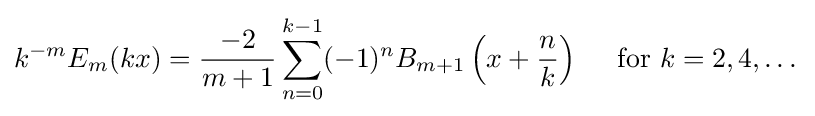
k^{-m}E_{m}(kx)={\frac {-2}{m+1}}\sum _{n=0}^{k-1}(-1)^{n}B_{m+1}\left(x+{\frac {n}{k}}\right)\quad {\mbox{ for }}k=2,4,\dots